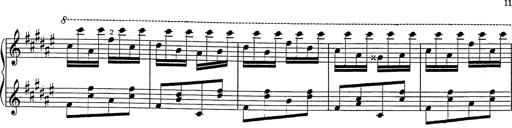
Title: Hungarian Rhapsody No.2
Composer: Franz Liszt
Key: C-sharp minor